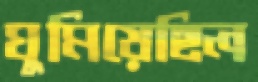
ঘুমিয়েছিল